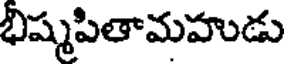
భిష్మపితామహుడు